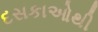
દસકાઓથી